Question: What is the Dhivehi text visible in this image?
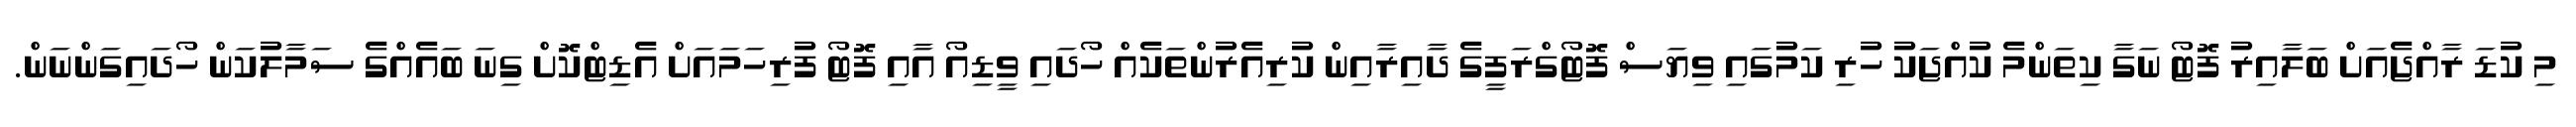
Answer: މި ކުޑަ ރާއްޖެއަށް ބަލާއިރު ފޮޓޯ ނަގާ ކިތަންމެ ކުއްޖަކު ހުރި ކަމުގައި ވިޔަސް ފޮޓޯގްރަފީގެ ދާއިރާއިން ކުރިއެރުންތަކެއް ހޯދައި ވީޑިއޯ އާއި ފޮޓޯ ފުރިހަމައަށް އެޑިޓްކޮށް ގިނަ ބައެއްގެ ސަމާލުކަން ހޯދައިގަންނަން.